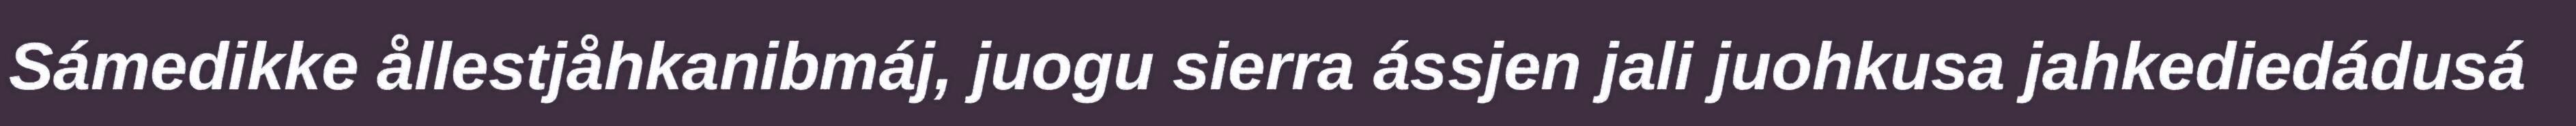
Sámedikke ållestjåhkanibmáj, juogu sierra ássjen jali juohkusa jahkediedádusá